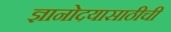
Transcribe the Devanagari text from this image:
ज्ञानोदयासाठीची